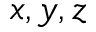
x , y , z